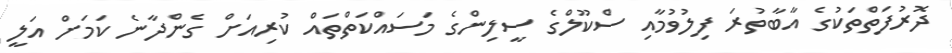
ދޮރުފަތްތަކުގެ އާބާތުރަ ފިލުވުމާއި ސްކޫލްގެ ސީލިންގެ މަސައްކަތްތައް ކުރިއަށް ގެންދާނެ ކަމަށް އަލީ